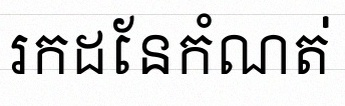
រកដែនកំណត់